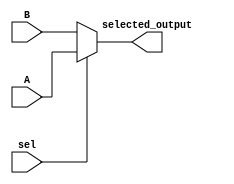
`timescale 1ns / 1ps
//////////////////////////////////////////////////////////////////////////////////
// Company: 
// Engineer: 
// 
// Design Name: 
// Module Name:    two_bit_mux 
// Project Name: 
// Target Devices: 
// Tool versions: 
// Description: 
//
// Dependencies: 
//
// Revision: 
// Revision 0.01 - File Created
// Additional Comments: 
//
//////////////////////////////////////////////////////////////////////////////////
module two_bit_mux(
    input [1:0] A,
    input [1:0] B,
	 input sel,
	 output [1:0] selected_output
    );

	/*	if (sel == 1'b1) begin
			assign selected_output = A;
		end
		else begin
			assign selected_output = B;
		end*/
			  assign selected_output = ((sel == 1) ? A : B);


endmodule